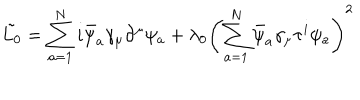
LaTeX: \tilde { L _ { 0 } } = \sum _ { a = 1 } ^ { N } i \bar { \psi } _ { a } \gamma _ { \mu } \partial ^ { \mu } \psi _ { a } + \lambda _ { 0 } \left( \sum _ { a = 1 } ^ { N } \bar { \psi } _ { a } \gamma _ { \mu } \tau ^ { i } \psi _ { a } \right) ^ { 2 }